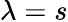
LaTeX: \lambda=s